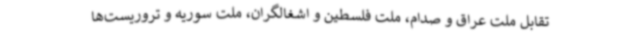
تقابل ملت عراق و صدام، ملت فلسطین و اشغالگران، ملت سوریه و تروریست‌ها